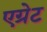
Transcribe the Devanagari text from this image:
एग्रेट